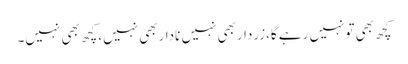
کچھ بھی تونہیں رہے گا،زرداربھی نہیں ناداربھی نہیں،کچھ بھی نہیں۔